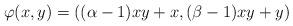
LaTeX: \begin{align*}\varphi(x,y)=((\alpha-1)xy+x,(\beta-1)xy+y)\end{align*}